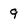
Character: 9